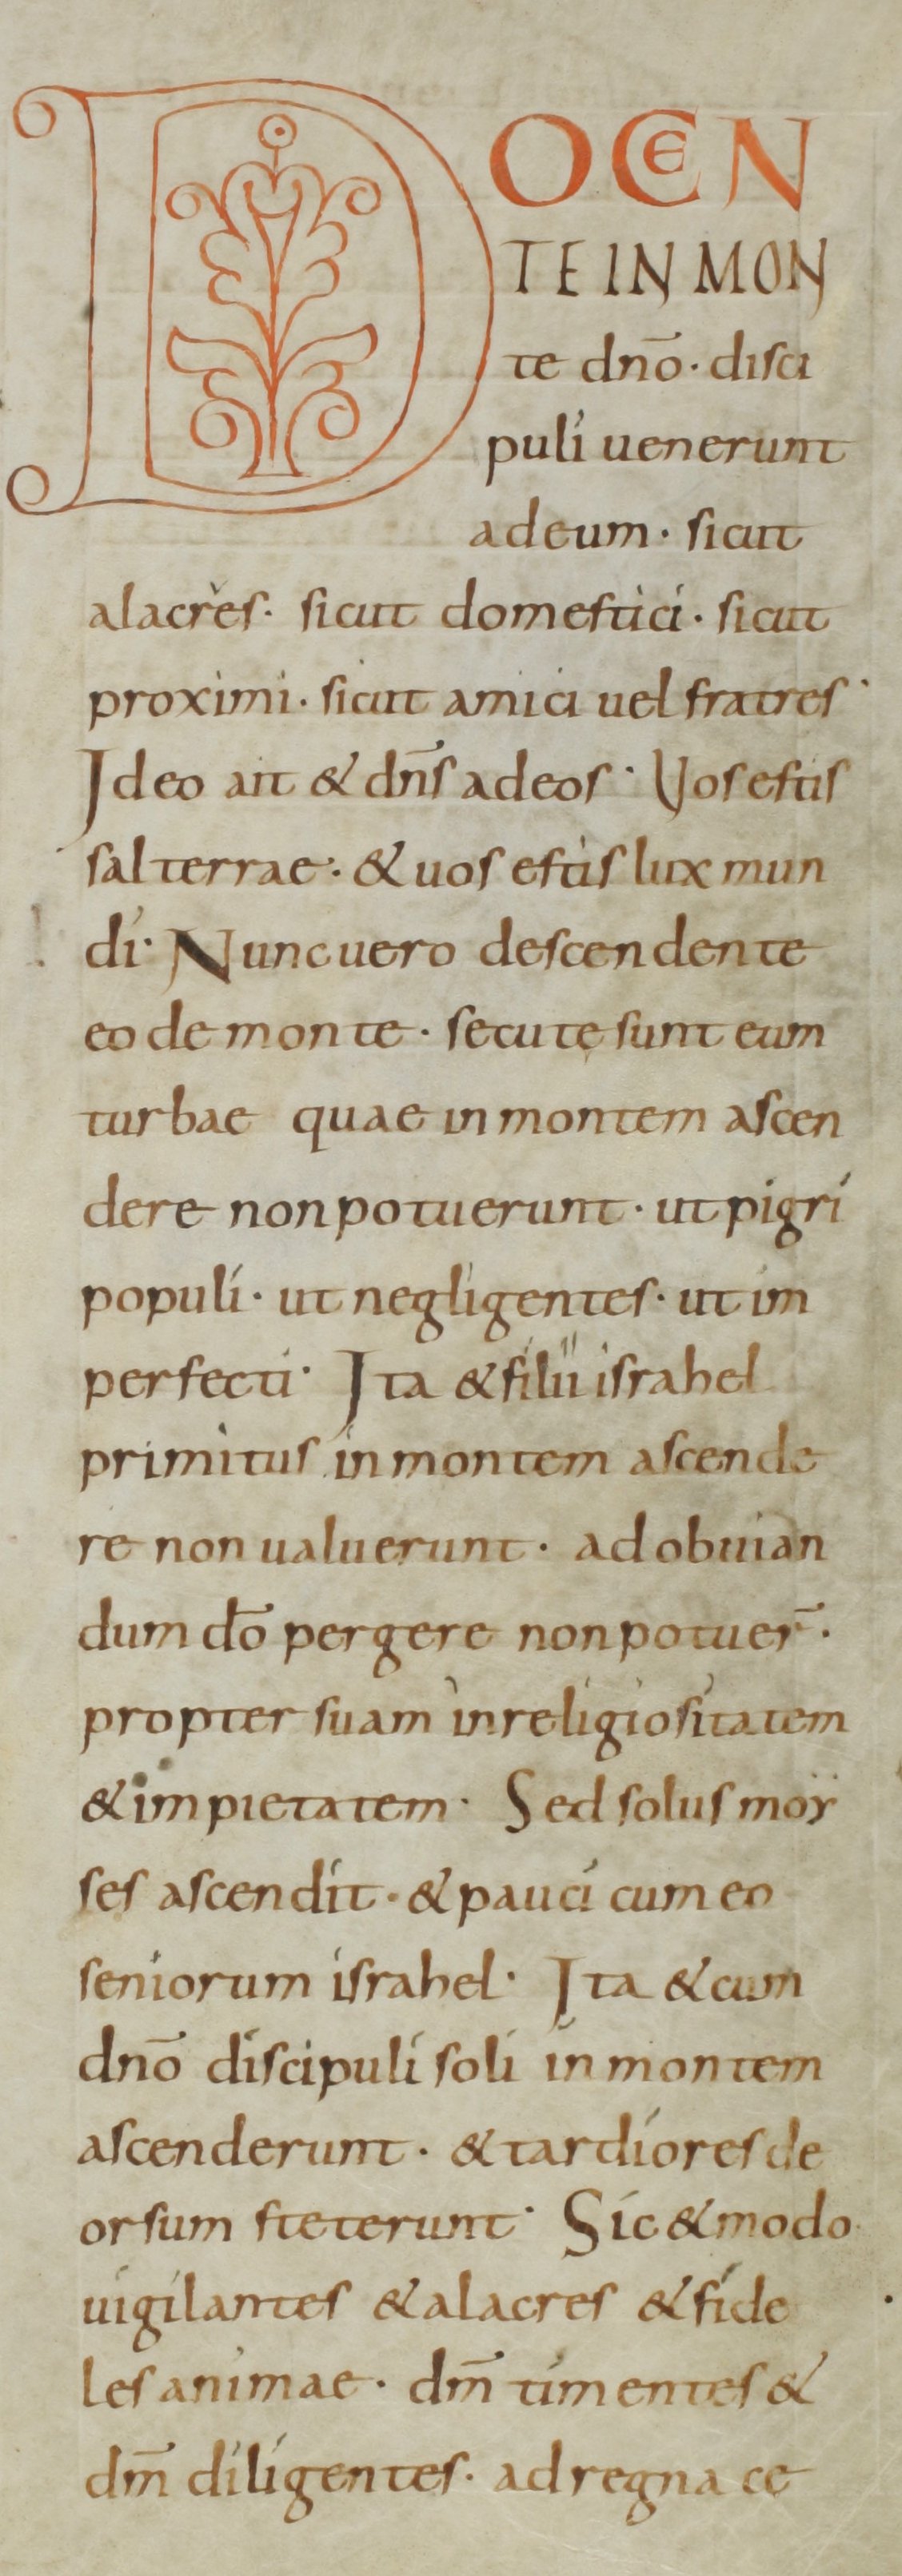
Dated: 800–899